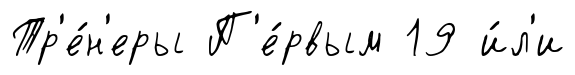
Тр'е́н'еры П'е́рвым 19 и́л'и